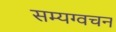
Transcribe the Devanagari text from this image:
सम्यग्वचन